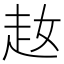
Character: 𧺜